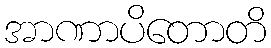
အာဏာပိတောတိ